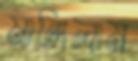
মাঙ্গিলাম